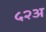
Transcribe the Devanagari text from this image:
५२अ